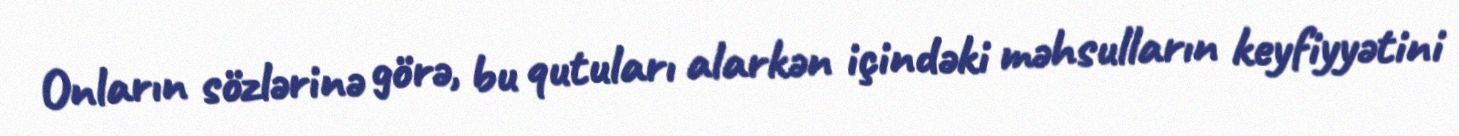
Onların sözlərinə görə, bu qutuları alarkən içindəki məhsulların keyfiyyətini